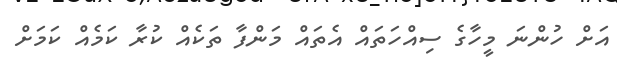
އަށް ހުންނަ މީހާގެ ސިއްހަތައް އެތައް މަންފާ ތަކެއް ކުރާ ކަމެއް ކަމަށް